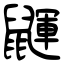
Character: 鼲